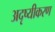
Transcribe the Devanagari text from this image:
अदृष्यीकरण